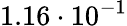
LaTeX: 1.16\cdot 10^{-1}